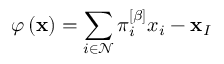
\varphi \left( \mathbf { x } \right) = \sum _ { i \in \mathcal { N } } \pi _ { i } ^ { \left[ \beta \right] } x _ { i } - \mathbf { x } _ { I }